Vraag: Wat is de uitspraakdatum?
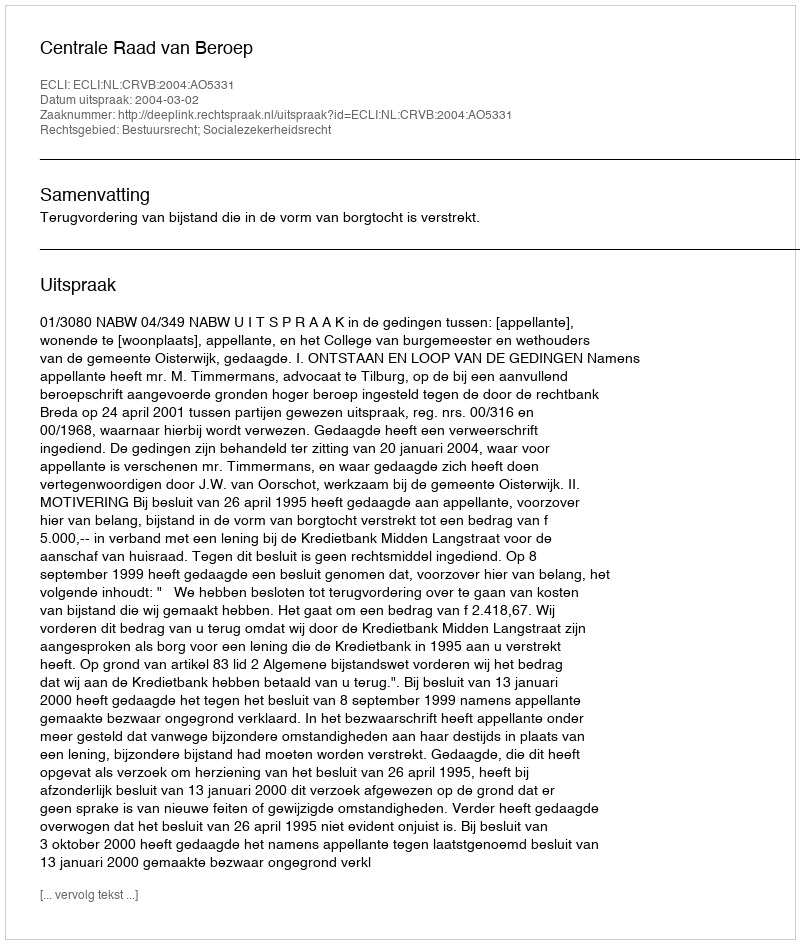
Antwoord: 2004-03-02